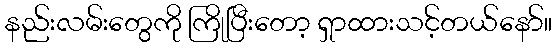
နည်းလမ်းတွေကို ကြိုပြီးတော့ ရှာထားသင့်တယ်နော်။